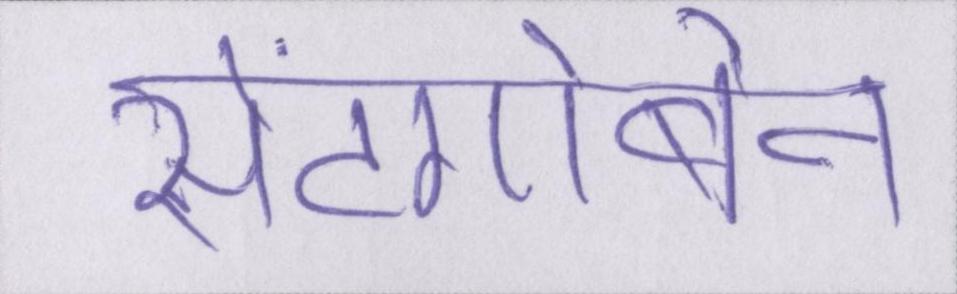
सेंटगोबेन